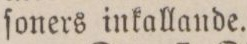
ſoners inkallande.